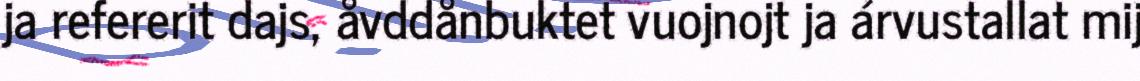
ja refererit dajs, åvddånbuktet vuojnojt ja árvustallat mij